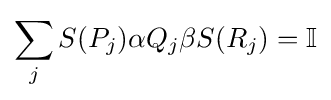
\sum _{j}S(P_{j})\alpha Q_{j}\beta S(R_{j})=\mathbb {I}